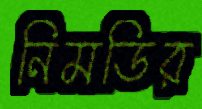
নিমডির